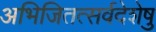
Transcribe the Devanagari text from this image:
अभिजितत्सर्वदेशेषु